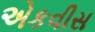
એકવીસ